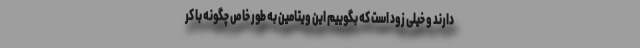
دارند و خیلی زود است که بگوییم این ویتامین به طور خاص چگونه با کر